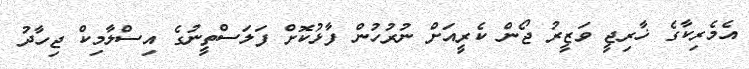
އެމެރިކާގެ ޚާރިޖީ ވަޒީރު ޖޯން ކެރީއަށް ނުރުހުން ފާޅުކޮށް ފަލަސްތީނުގެ އިސްލާމިކް ޖިހާދު